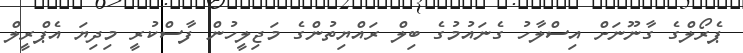
ޕެރޯލްގެ ގާނޫނަށް އިސްލާހު ގެނައުމުގެ ބިލް ރައްޔިތުންގެ މަޖިލީހުން ފާސްކުރީ މިދިޔަ އެޕްރީލް